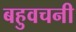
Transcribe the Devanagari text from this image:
बहुवचनी